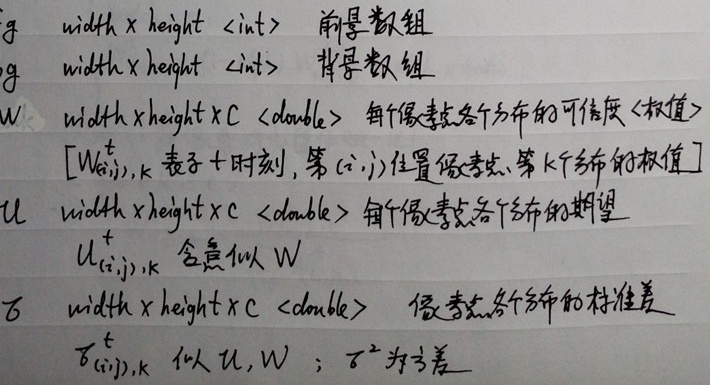
$fg$  width $\times$ height $\ \langle\text{int}\rangle$ 前景数组
$bg$  width $\times$ height $\ \langle\text{int}\rangle$ 背景数组
$W$  width $\times$ height $\times C \ \langle\text{double}\rangle$ 每个像素点各个分布的可信度<权值>
$[W_{(i, j), k}^{t}$表示$t$时刻, 第$(i, j)$位置像素点、第$k$个分布的权值$]$
$\mu$  width $\times$ height $\times C \ \langle\text{double}\rangle$ 每个像素点各个分布的期望
$\mu_{(i, j), k}^{t}$含意似$W$
$\sigma$  width $\times$ height $\times C \ \langle\text{double}\rangle$ 像素点各个分布的标准差
$\sigma_{(i, j), k}^{t}$似$\mu, W ; \sigma^{2}$为方差